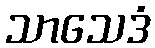
သာသေဒံ